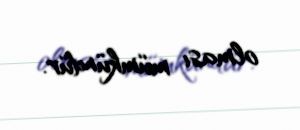
olması mümkündür.